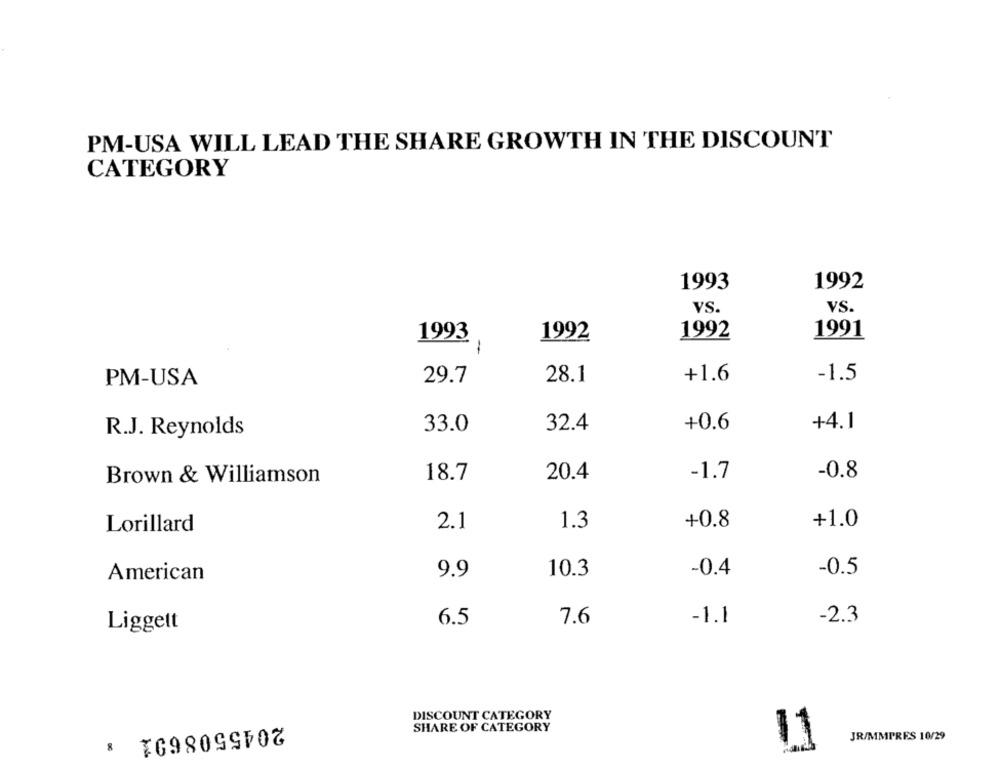
PM-USA WILL LEAD THE SHARE GROWTH IN THE DISCOUNT
CATEGORY
1993
1992
VS.
VS.
1993
1992
1991
1992
+1.6
-1.5
PM-USA
29.7
28.1
33.0
32.4
+0.6
+4.1
R.J. Reynolds
18.7
20.4
-1.7
-0.8
Brown & Williamson
+0.8
+1.0
Lorillard
2.1
1.3
American
9.9
10.3
-0.4
-0.5
6.5
7.6
-1.1
-2.3
Liggett
DISCOUNT CATEGORY
2045508691 :
SHARE OF CATEGORY
JR/MMPRES 10/29
11